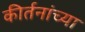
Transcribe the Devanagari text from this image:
कीर्तनांच्या